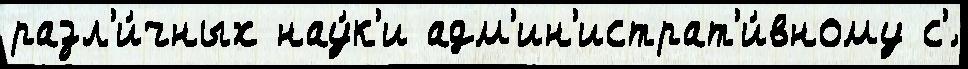
разл'и́чных нау́к'и адм'ин'истрат'и́вному с'́